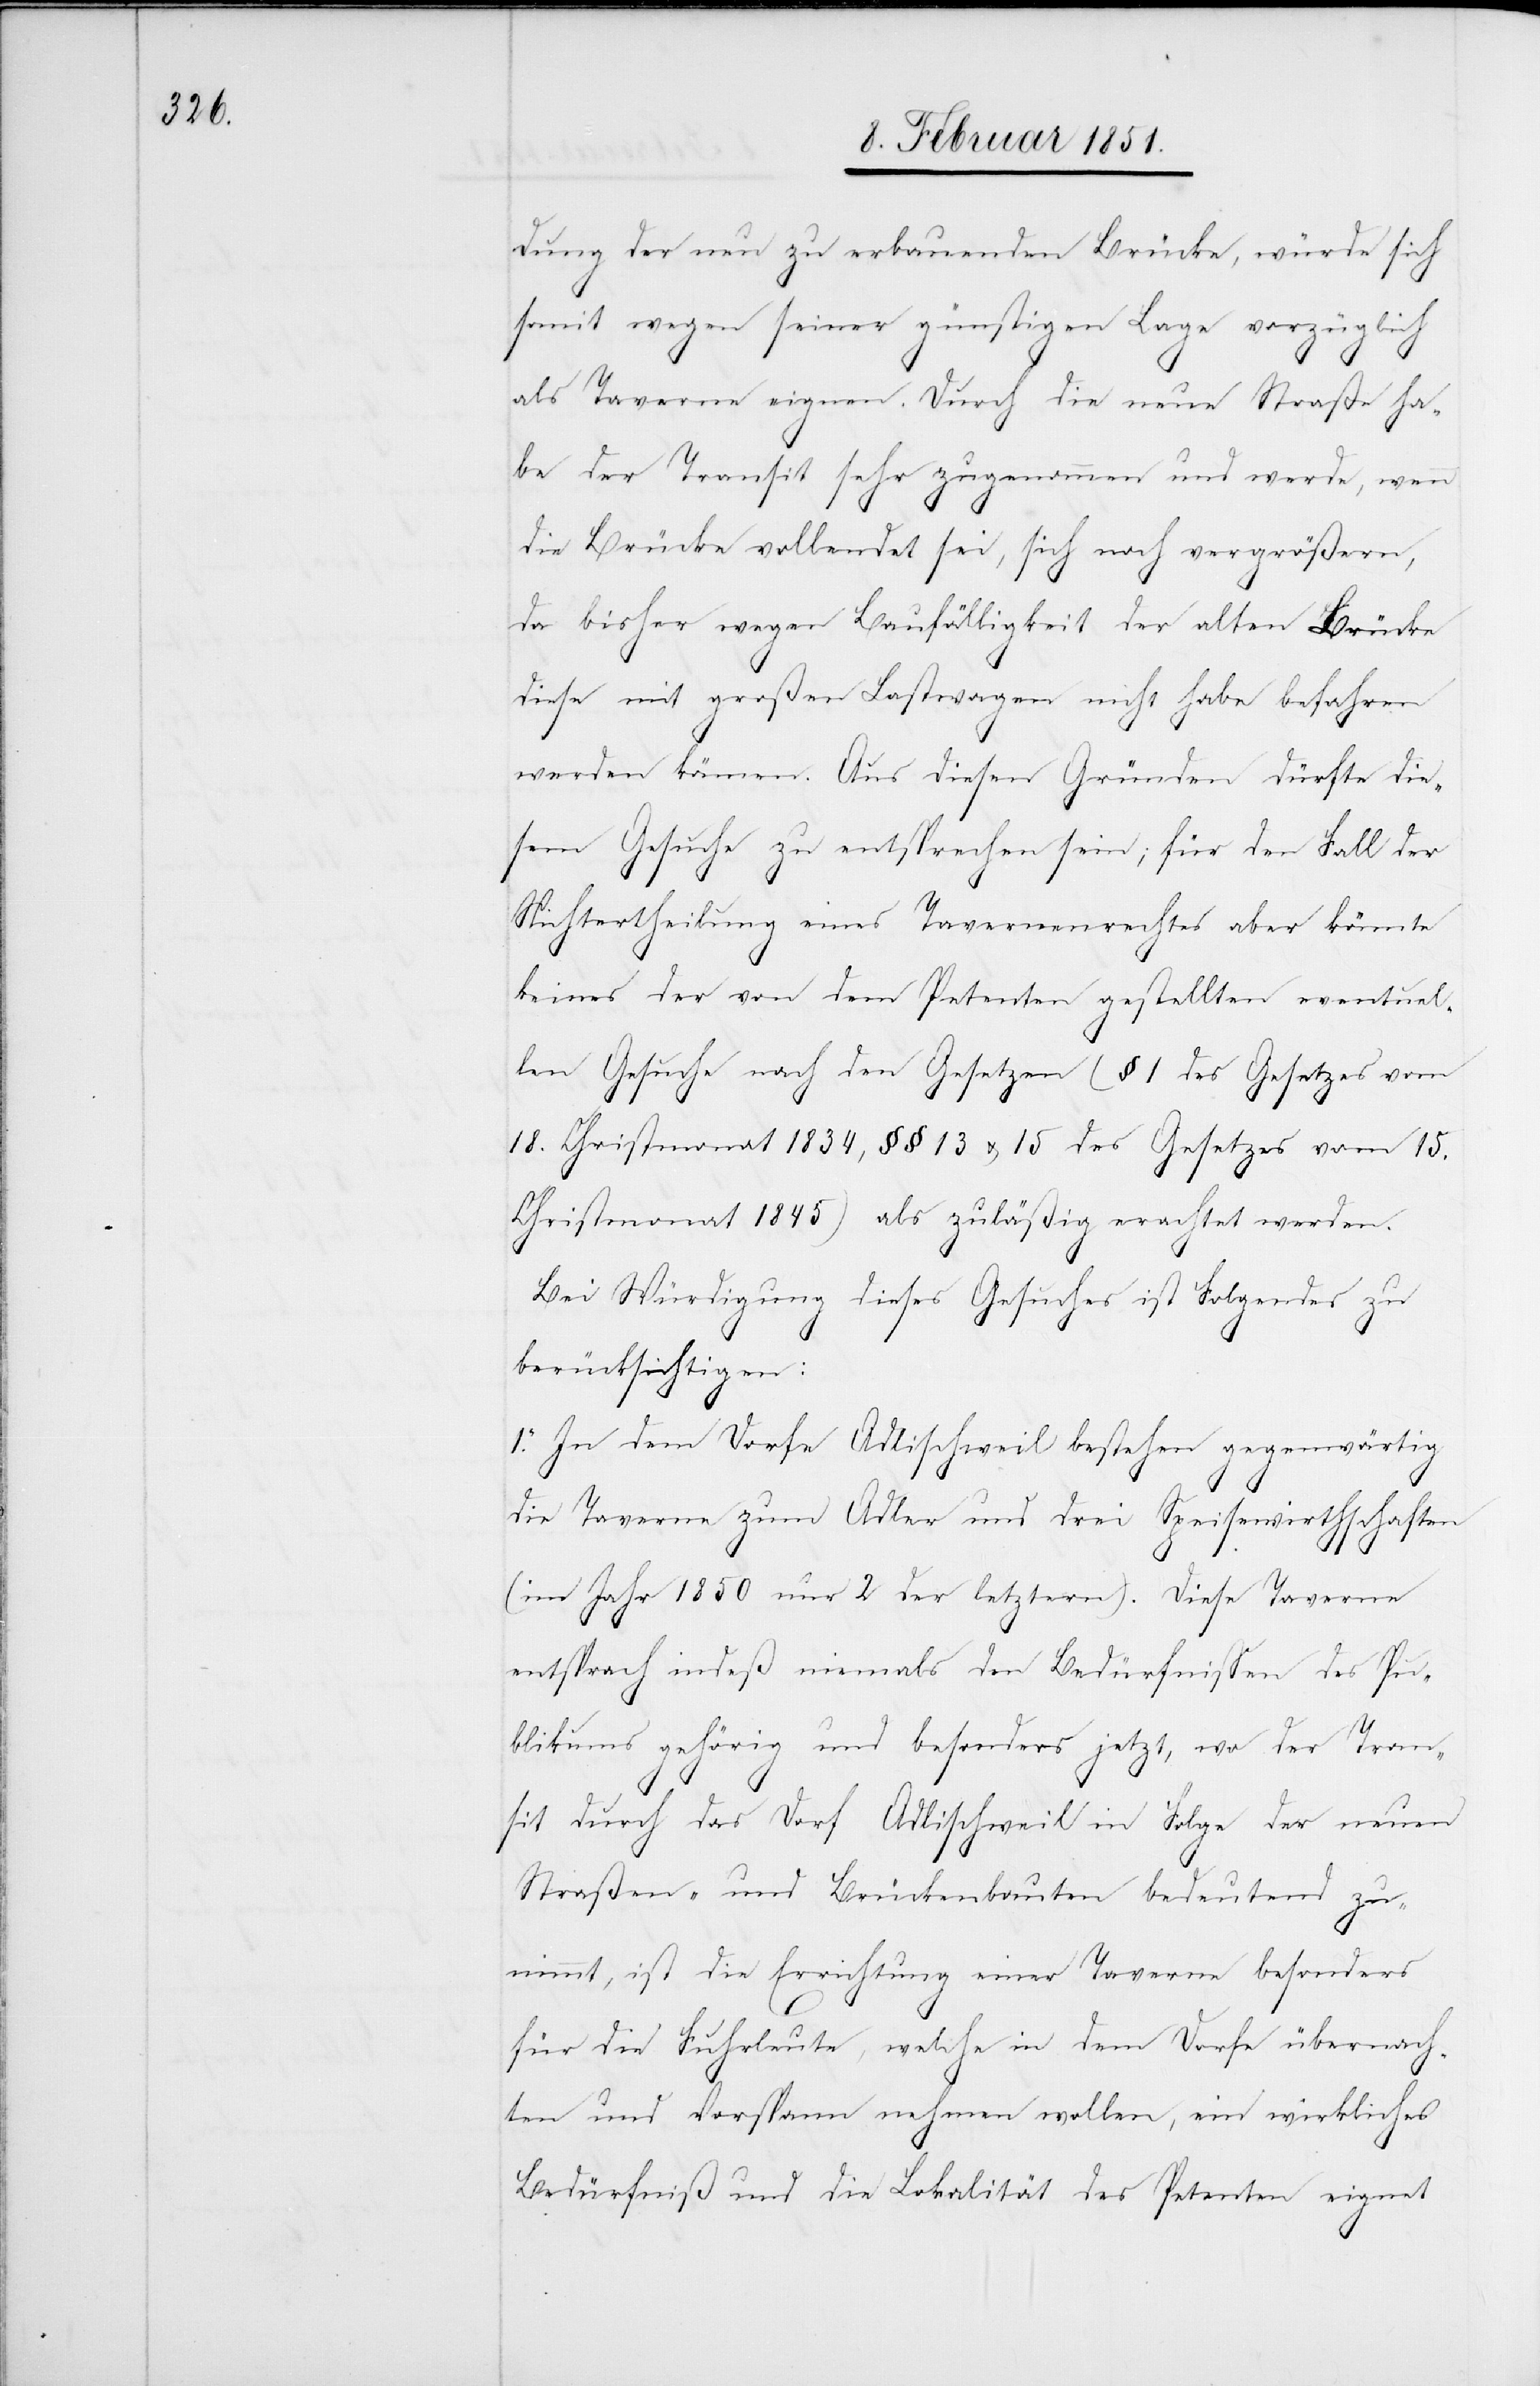
dung der neu zu erbauenden Brücke, würde sich
somit wegen seiner günstigen Lage vorzüglich
als Taverne eignen. Durch die neue Straße ha¬
be der Transit sehr zugenommen und werde, wenn
die Brücke vollendet sei, sich noch vergrößern,
da bisher wegen Baufälligkeit der alten Brücke
diese mit großen Lastwagen nicht habe befahren
werden können. Aus diesen Gründen dürfte die¬
sem Gesuche zu entsprechen sein; für den Fall der
Nichtertheilung eines Tavernenrechtes aber könnte
keines der von dem Petenten gestellten eventuel¬
len Gesuche nach den Gesetzen (§ 1 des Gesetzes vom
18. Christmonat 1834, §§ 13 u. 15 des Gesetzes vom 15.
Christmonat 1845) als zuläßig erachtet werden.
Bei Würdigung dieses Gesuches ist Folgendes zu
berücksichtigen:
1. In dem Dorfe Adlischweil bestehen gegenwärtig
die Taverne zum Adler und drei Speisewirthschaften
(im Jahr 1850 nur 2 der letztern). Diese Taverne
entsprach indeß niemals den Bedürfnissen des Pu¬
blikums gehörig und besonders jetzt, wo der Tran¬
sit durch das Dorf Adlischweil in Folge der neuen
Straßen- und Brückenbauten bedeutend zu¬
nimmt, ist die Errichtung einer Taverne besonders
für die Fuhrleute, welche in dem Dorfe übernach¬
ten und Vorspann nehmen wollen, ein wirkliches
Bedürfniß und die Lokalität des Petenten eignet